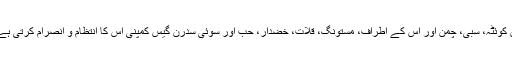
اس کے علاوہ قدرتی گیس سوئی کے مقام سے نہ صرف اندرون سندھ بمعہ کراچی، حیدرآباد، بلوچستان میں کوئٹہ، سبی، چمن اور اس کے اطراف، مستونگ، قلات، خضدار، حب اور سوئی سدرن گیس کمپنی اس کا انتظام و انصرام کرتی ہے جبکہ سوئی نادرن گیس کمپنی پورے صوبہ پنجاب، اسلام آباد اور صوبہ سرحد میں تقسیم کی ذمہ دار ہے۔